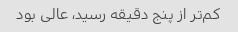
کم‌تر از پنج دقیقه رسید، عالی بود